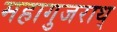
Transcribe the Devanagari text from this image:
महागुजराथ्